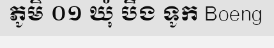
ភូមិ ០១ ឃុំ បឹង ទូក Boeng